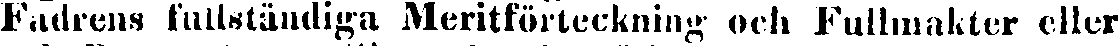
Radrens fullständiga Meritförteckning och Fullmakter eller